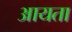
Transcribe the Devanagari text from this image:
आयता